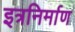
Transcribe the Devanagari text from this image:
इत्रनिर्माण